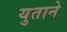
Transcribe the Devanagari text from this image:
युताने